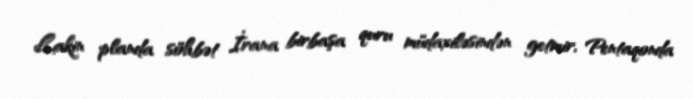
Lakin planda söhbət İrana birbaşa quru müdaxiləsindən getmir, Pentaqonda